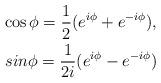
LaTeX: \begin{align*}\cos\phi = \frac{1}{2} (e^{i\phi} + e^{-i\phi}),\\sin\phi = \frac{1}{2i}(e^{i\phi} - e^{-i\phi})\end{align*}